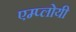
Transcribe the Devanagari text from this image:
एम्प्लोयी